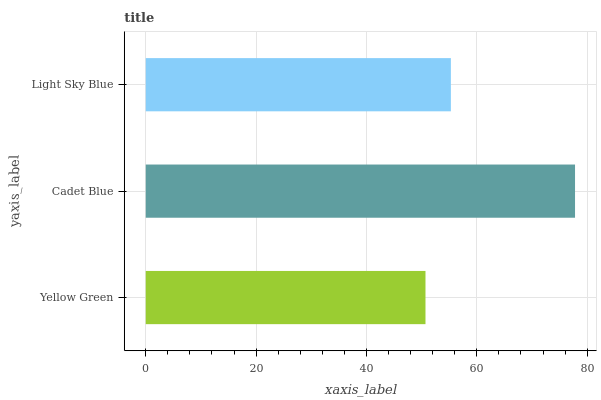
| yaxis_label | bars |
 | --- | --- |
 | Yellow Green | 50.7 |
 | Cadet Blue | 77.8 |
 | Light Sky Blue | 55.3 |